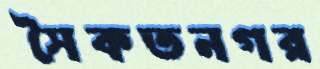
সৈকতনগর